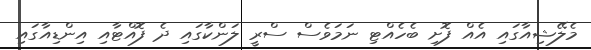
މެލޭޝިއާގައި އެއް ފޮށި ބެހެއްޓި ނަމަވެސް ސްރީ ލަންކާގައި ދެ ފޮއްޓާއި އިންޑިއާގައި